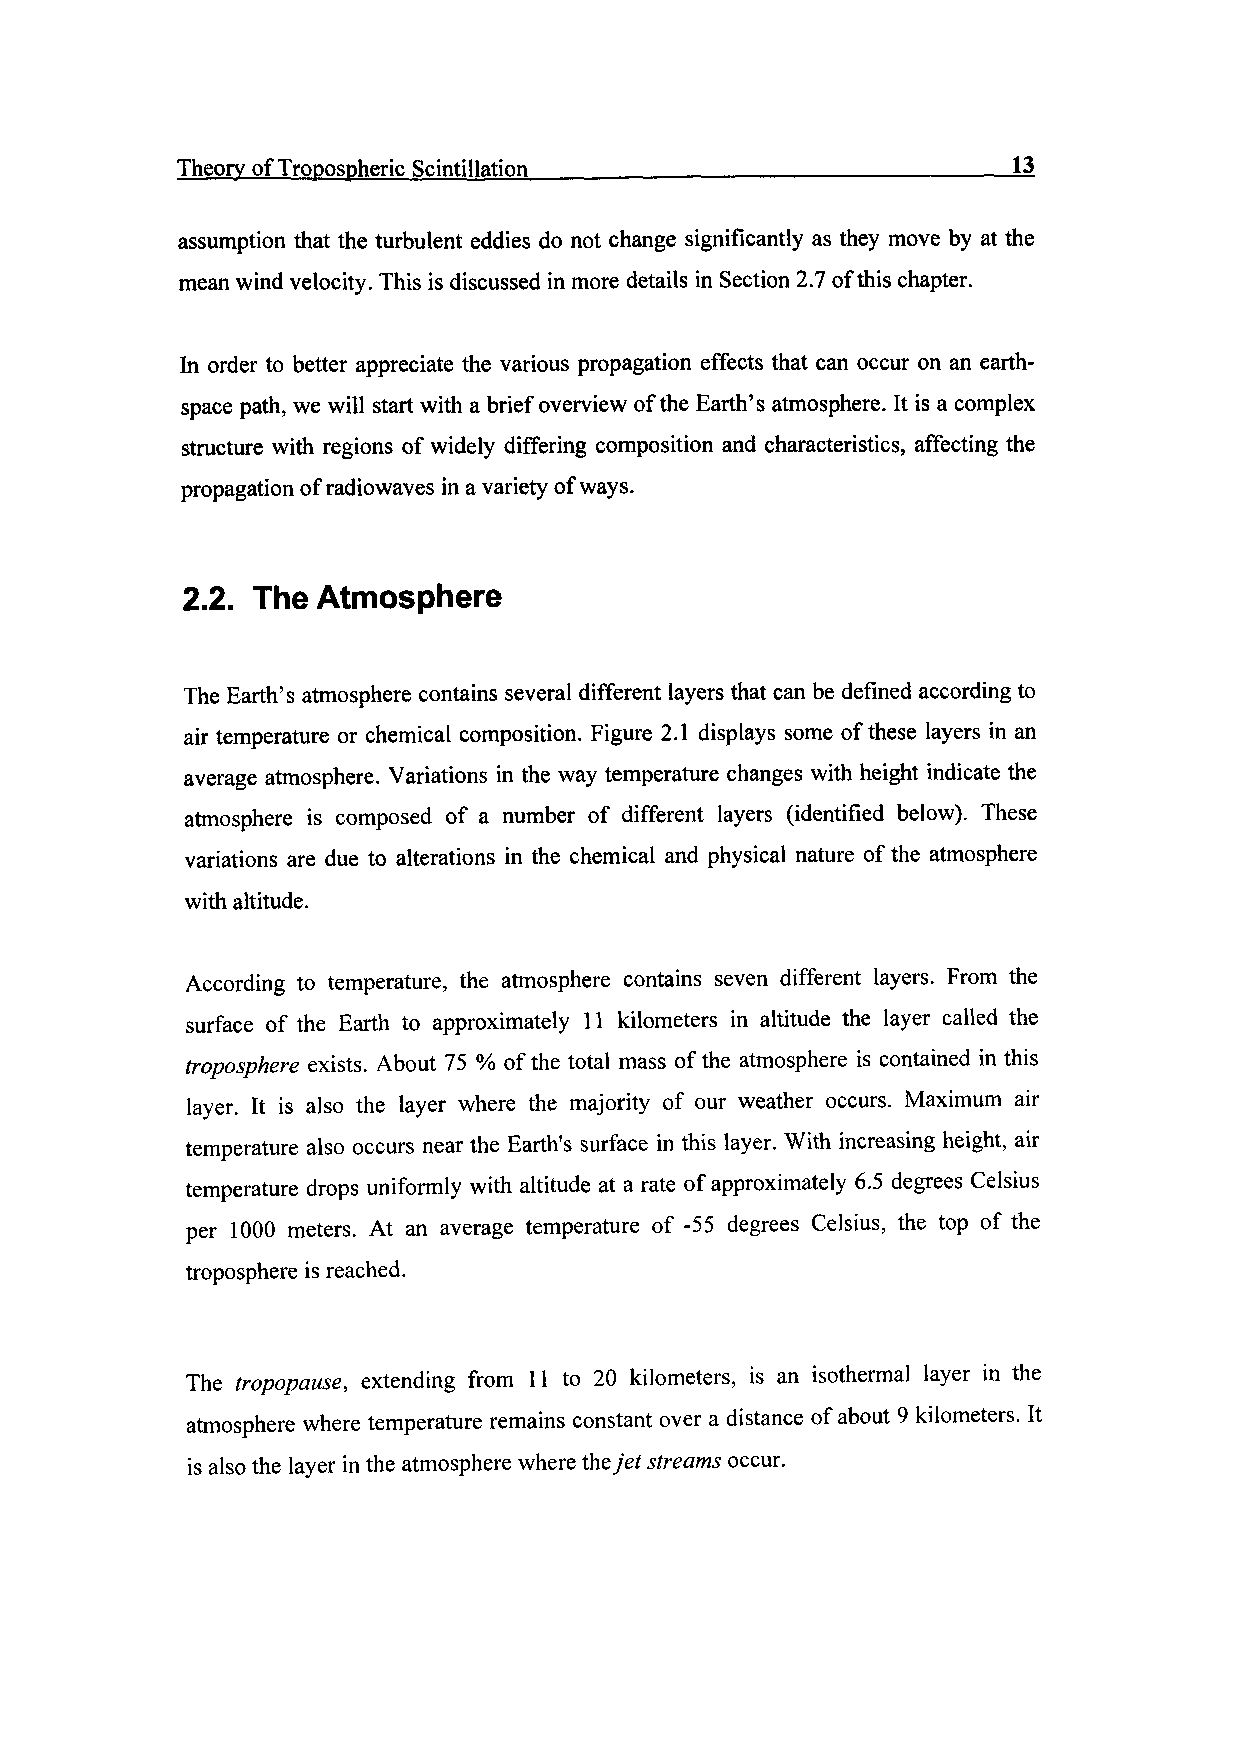
Theory of Tropospheric Scintillation__________________________13
 assumption that the turbulent eddies do not change significantly as they move by at the
 mean wind velocity. This is discussed in more details in Section 2.7 of this chapter.
 In order to better appreciate the various propagation effects that can occur on an earth-
 space path, we will start with a brief overview of the Earth's atmosphere. It is a complex
 structure with regions of widely differing composition and characteristics, affecting the
 propagation of radiowaves in a variety of ways.
 2.2. The Atmosphere
 The Earth's atmosphere contains several different layers that can be defined according to
 air temperature or chemical composition. Figure 2.1 displays some of these layers in an
 average atmosphere. Variations in the way temperature changes with height indicate the
 atmosphere is composed of a number of different layers (identified below). These
 variations are due to alterations in the chemical and physical nature of the atmosphere
 with altitude.
 According to temperature, the atmosphere contains seven different layers. From the
 surface of the Earth to approximately 11 kilometers in altitude the layer called the
 troposphere exists. About 75 % of the total mass of the atmosphere is contained in this
 layer. It is also the layer where the majority of our weather occurs. Maximum air
 temperature also occurs near the Earth's surface in this layer. With increasing height, air
 temperature drops uniformly with altitude at a rate of approximately 6.5 degrees Celsius
 per 1000 meters. At an average temperature of -55 degrees Celsius, the top of the
 troposphere is reached.
 The tropopause, extending from 11 to 20 kilometers, is an isothermal layer in the
 atmosphere where temperature remains constant over a distance of about 9 kilometers. It
 is also the layer in the atmosphere where the jet streams occur.